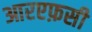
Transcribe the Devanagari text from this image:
आरएफ़सी